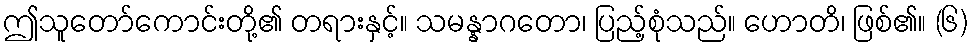
ဤသူတော်ကောင်းတို့၏ တရားနှင့်။ သမန္နာဂတော၊ ပြည့်စုံသည်။ ဟောတိ၊ ဖြစ်၏။ (၆)